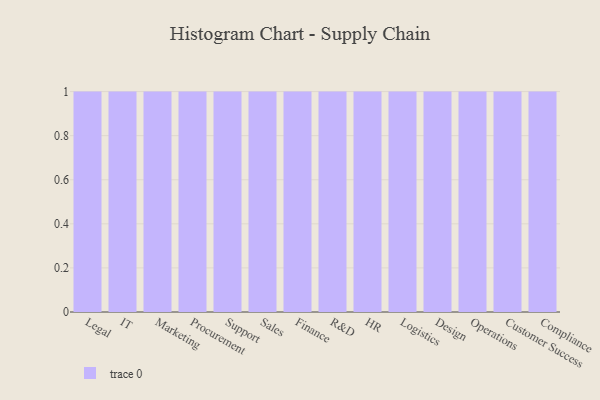
{"axis": {"x": "Department", "y": "Latency (ms)"}, "legend": [""], "data": [{"x": "Legal", "y": 83, "type": ""}, {"x": "IT", "y": 6, "type": ""}, {"x": "Marketing", "y": 14, "type": ""}, {"x": "Procurement", "y": 29, "type": ""}, {"x": "Support", "y": 50, "type": ""}, {"x": "Sales", "y": 91, "type": ""}, {"x": "Finance", "y": 70, "type": ""}, {"x": "R&D", "y": 2, "type": ""}, {"x": "HR", "y": 17, "type": ""}, {"x": "Logistics", "y": 74, "type": ""}, {"x": "Design", "y": 82, "type": ""}, {"x": "Operations", "y": 17, "type": ""}, {"x": "Customer Success", "y": 8, "type": ""}, {"x": "Compliance", "y": 35, "type": ""}]}